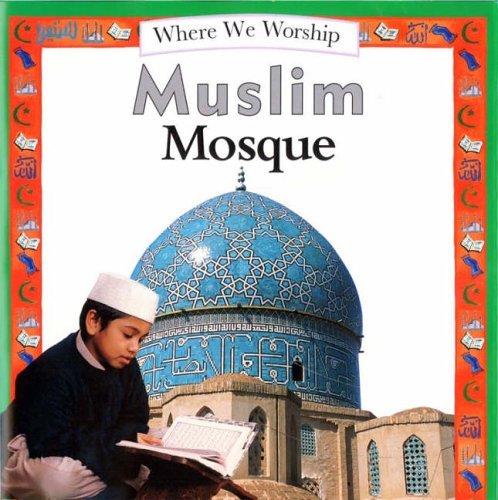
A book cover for Muslim Mosque (Places of Worship); Angela Wood; Children's Books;